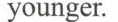
younger.